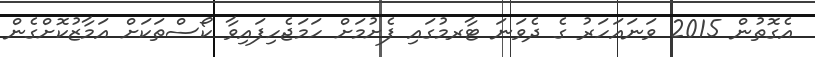
އެގޮތުން 2015 ވަނައަހަރު ގެ ދެވަނަ ޓާރމުގައި ފެށުމަށް ހަމަޖެހިފައިވާ ކޯސްތަކަށް އަމާޒުކޮށްގެން